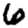
Digit: 6